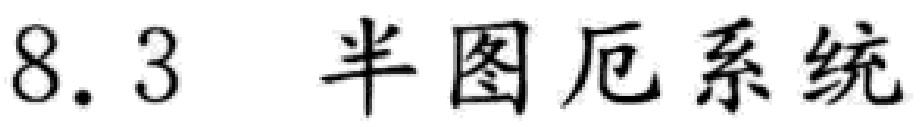
8.3 半图厄系统